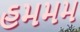
હમમમ